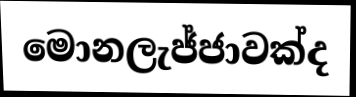
මොනලැජ්ජාවක්ද